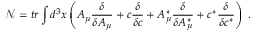
\mathcal { N } = t r \int d ^ { 3 } x \left( A _ { \mu } \frac \delta { \delta A _ { \mu } } + c \frac \delta { \delta c } + A _ { \mu } ^ { * } \frac \delta { \delta A _ { \mu } ^ { * } } + c ^ { * } \frac \delta { \delta c ^ { * } } \right) \; .